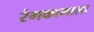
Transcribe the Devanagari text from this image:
रंगकामाला